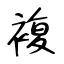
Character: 複